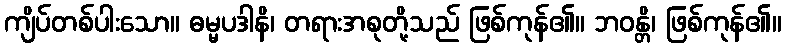
ကျိပ်တစ်ပါးသော။ ဓမ္မပဒါနိ၊ တရားအစုတို့သည် ဖြစ်ကုန်၏။ ဘဝန္တိ၊ ဖြစ်ကုန်၏။